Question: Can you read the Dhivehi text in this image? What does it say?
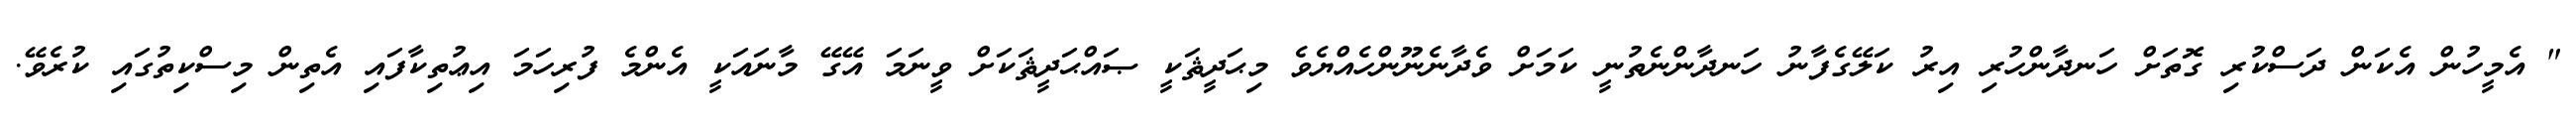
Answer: " އެމީހުން އެކަން ދަސްކުރި ގޮތަށް ހަނދާންހުރި އިރު ކަލޭގެފާނު ހަނދާންނެތުނީ ކަމަށް ވެދާނެނޫންހެއްޔެވެ މިޙަދީޘަކީ ޞައްޙަދީޘަކަށް ވީނަމަ އޭގޭ މާނައަކީ އެންމެ ފުރިހަމަ އިޢުތިކާފައި އެތިން މިސްކިތުގައި ކުރެވޭ.